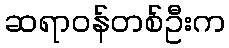
ဆရာဝန်တစ်ဦးက